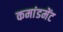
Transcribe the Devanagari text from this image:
कमांडमेंट